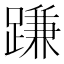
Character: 𨃰